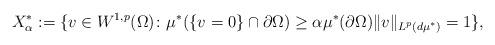
LaTeX: \begin{align*}X_\alpha^* := \{v\in W^{1,p}(\Omega)\colon \mu^*(\{v=0\}\cap \partial\Omega)\ge \alpha \mu^*(\partial\Omega) \|v\|_{L^p(d\mu^*)}=1\},\end{align*}